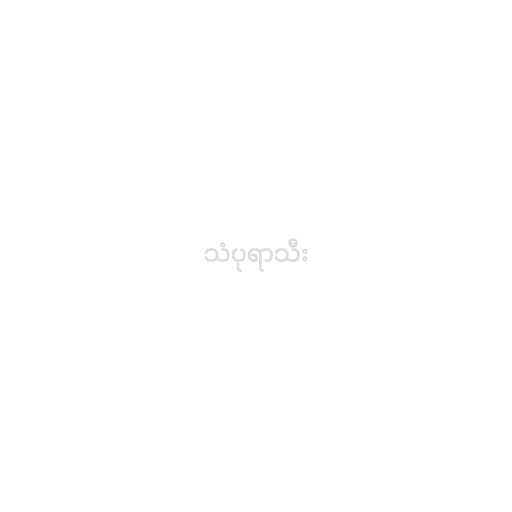
သံပုရာသီး